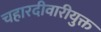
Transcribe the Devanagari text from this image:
चहारदीवारीयुक्त